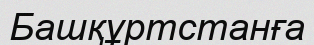
Башқұртстанға